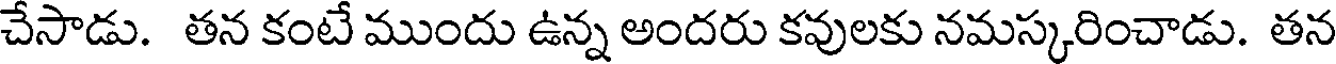
చేసాడు. తన కంటే ముందు ఉన్న అందరు కవులకు నమస్కరించాడు. తన